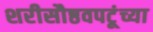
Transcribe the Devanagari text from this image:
शरीसौष्ठवपटूंच्या